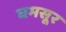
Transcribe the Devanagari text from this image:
घमसूर